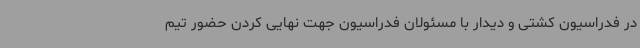
در فدراسیون کشتی و دیدار با مسئولان فدراسیون جهت نهایی کردن حضور تیم